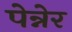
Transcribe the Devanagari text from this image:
पेन्नेर